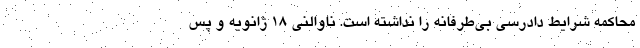
محاکمه شرایط دادرسی بی‌طرفانه را نداشته است. ناوالنی ۱۸ ژانویه و پس